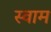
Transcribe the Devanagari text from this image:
स्वाम